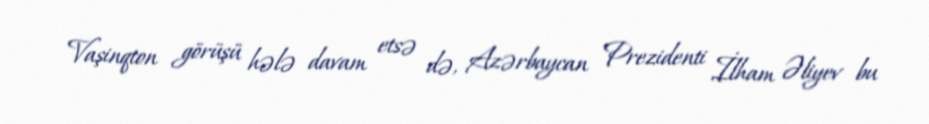
Vaşinqton görüşü hələ davam etsə də, Azərbaycan Prezidenti İlham Əliyev bu